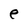
Character: e